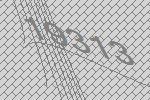
19313